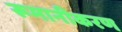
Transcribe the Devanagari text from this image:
रूमानीकरण